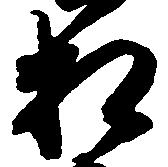
相